NAE_ERA_R-1665_Eesti_Kunstnike_Liit, lk 21
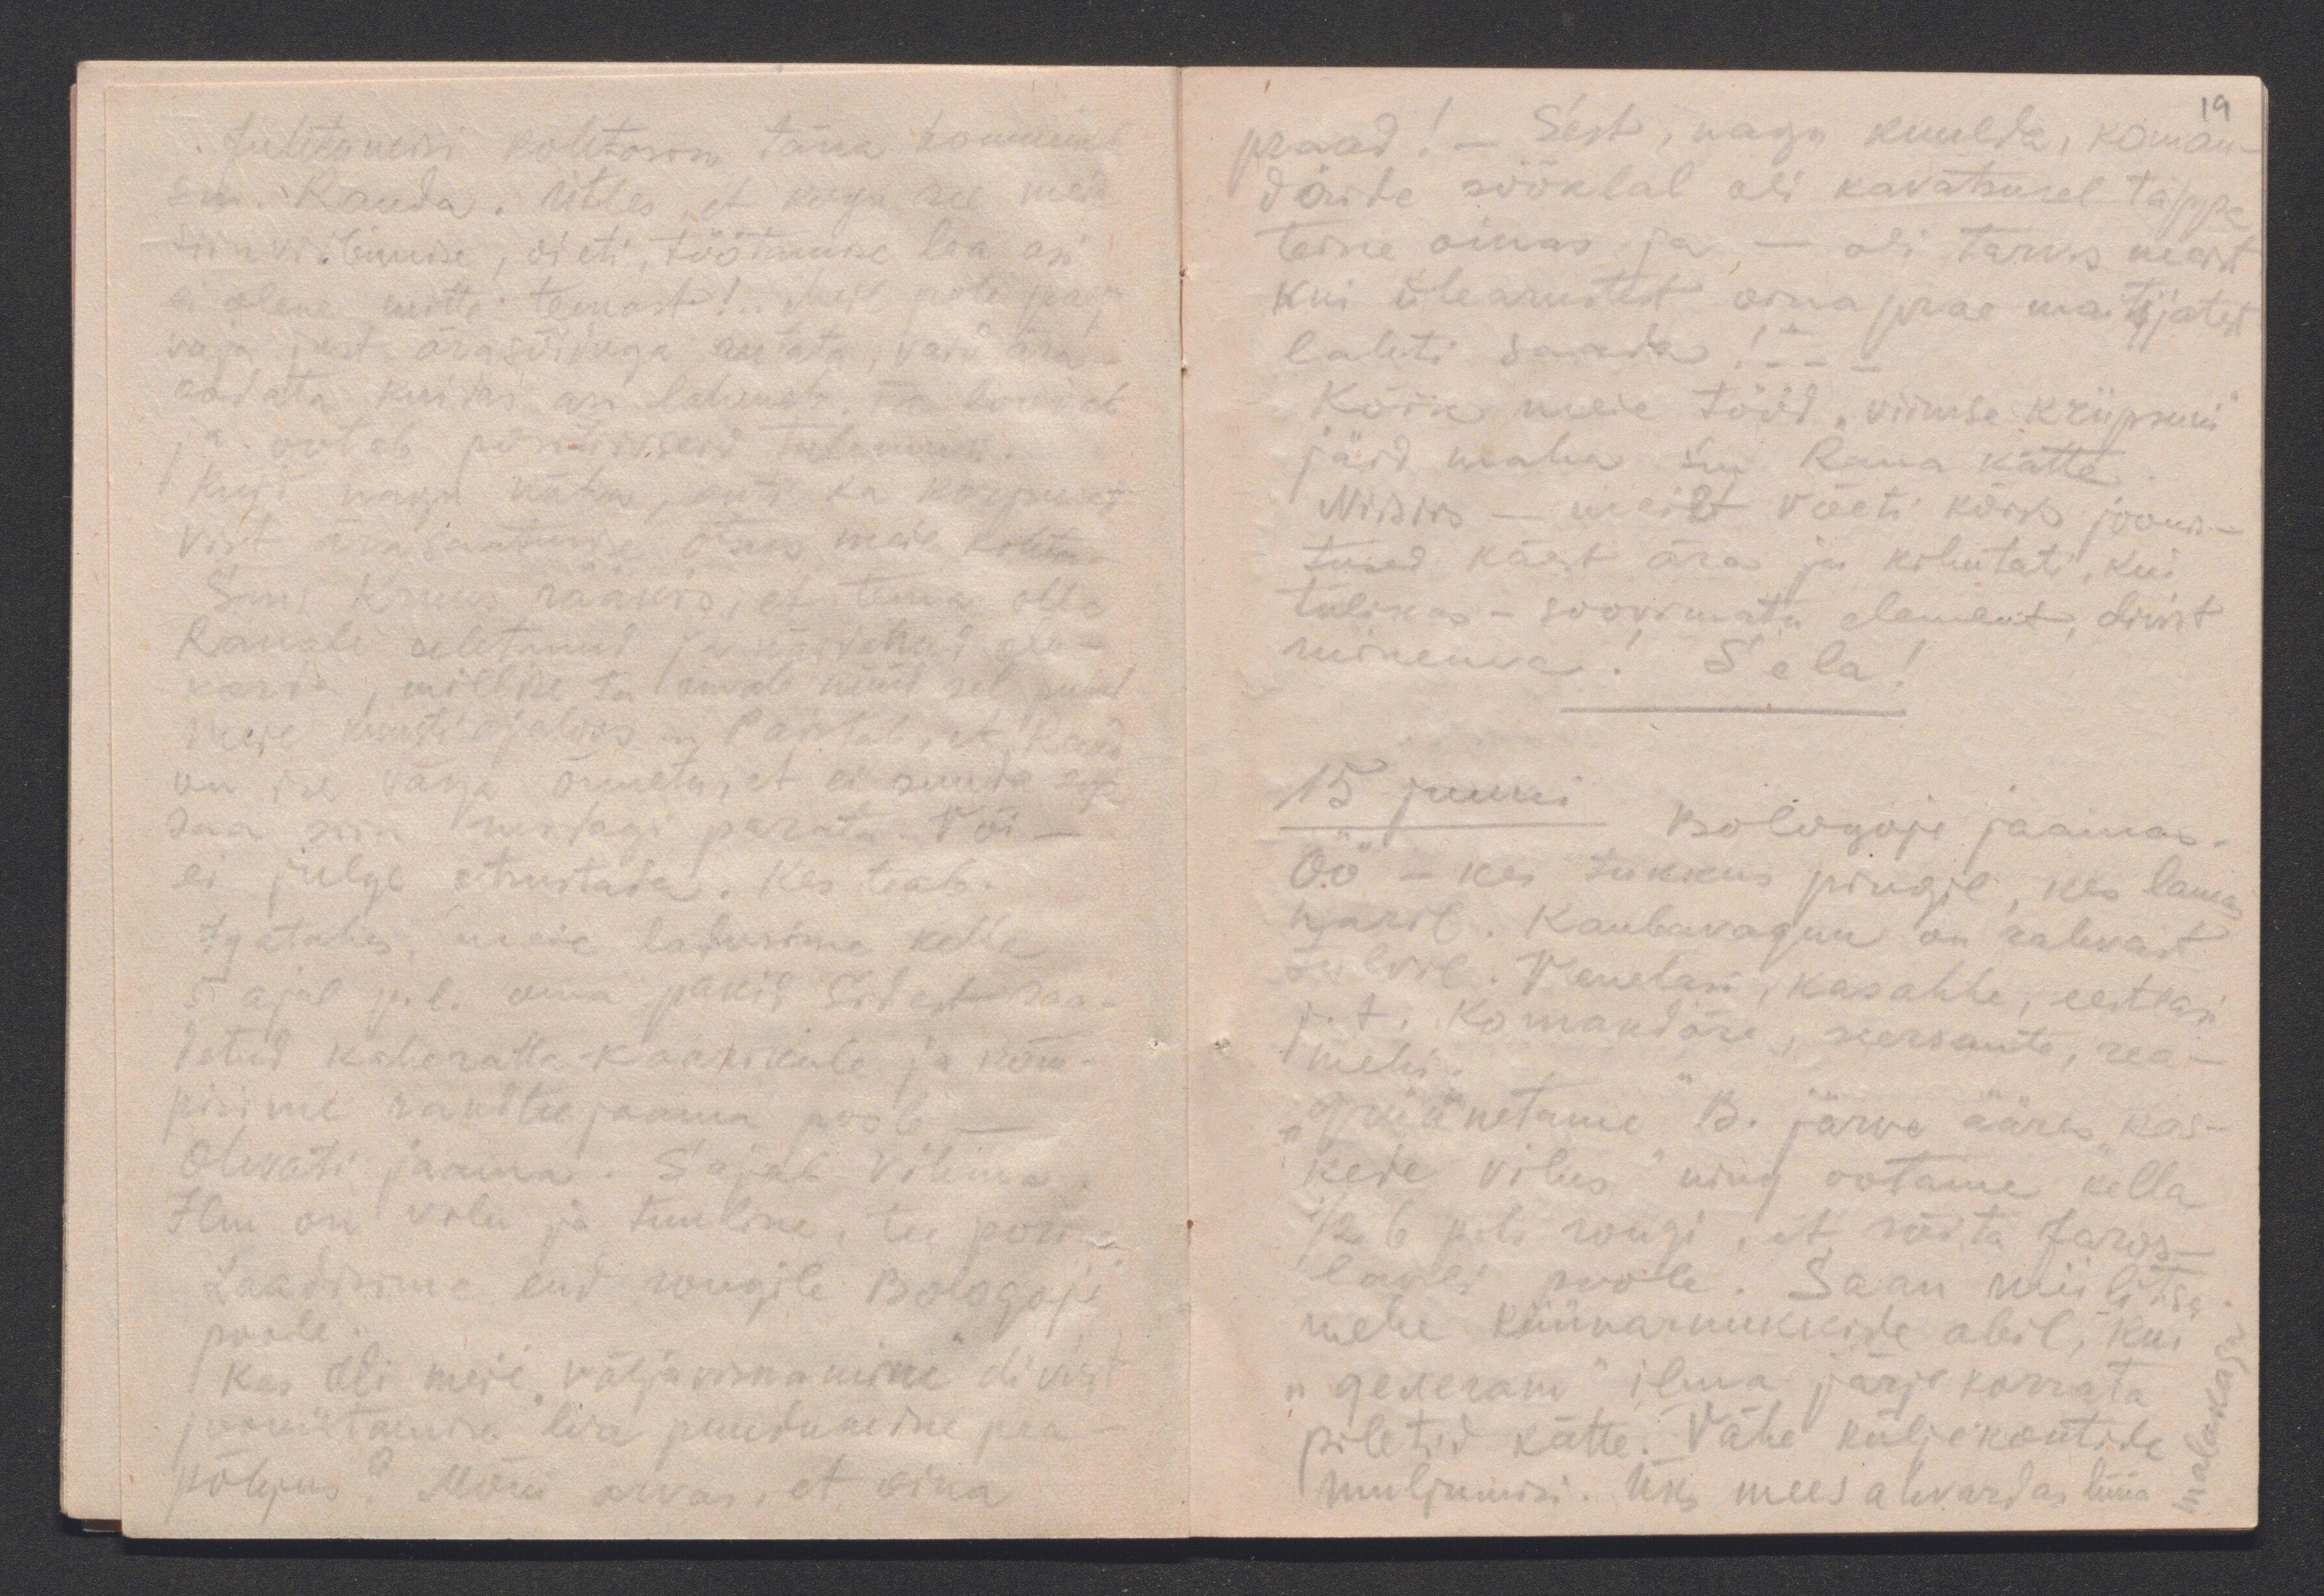
19

Juhtumisi kohtasin täna hommikul
sm. Rauda. Ütles, et kogu see meie
siinviibimise, oieti, töötamise loa asi
ei olene mitte temast! "Meil pole praegu
vaja just ärasõiduga rutata, vaid ära-
oodata kuidas asi laheneb. Ta loodab
ja ootab positiivseid tulemusi.
Kuid nagu näha, anti ka korpusest
vist ärasaatmise otsus meie kohta.
Sm. Kruus rääkis, et tema olla
Rauale seletanud ja näidanud olu-
korda, millise ta omale nüüd selle puhul
meie kunstiajaloos "paistab, et Raud
on ise väga õnnetu, et ei suuda ega
saa siin midagi parata. Või -
ei julge otsustada. Kes teab.
Igatahes, meie ladusime kella
5 ajal p. l. oma pakid Sidest saa-
detud kaheratta-kaarikule ja kõm-
pisime raudteejaama poole.-
Olevati jaama. Sajab vihma.
Ilm on vilu ja tuuline, tee porine.
Laadisime end rongile Bologoje
poole.
Kas oli meie "väljaviskamine" divist
joonistamise liia puudumine pea-
põhjus? Mõni arvas, et oina

praad! - Sest, nagu kuulda, koman-
döride sööklal oli kavatsusel tappa
teine oinas ja - oli tarvis meist
kui ülearustest oma prae maitsjatest
lahti saada! - - -
Kõik meie tööd, viimse kriipsuni
jäid maha sm Raua kätte.
Niisiis - meilt võeti kõik joonis-
tused käest ära ja kihutati, kui
tülikas - soovimatu element, divist
minema. Sela!
15 juuni
Bologoje jaamas.
Öö - kes tukkus pingil, kes lamas
naril. Kaubavagun on rahvast
tulvil. Venelasi, kasahhe, eestlasi
j. t. Komandöre, seersante, rea-
mehi.
"Grüünetame " B. järve ääres, "kas-
kede vilus" ning ootame kella
1/2 6 pole rongi, et sõita Jaros-
lavli poole. Saan miilitsa-
mehe küünarnukkide abil, kui
"gederam" ilma järjekorrata
piletid kätte. Vähe küljekontide
muljumisi. Üks mees ahvardas lüüa
malakaga.